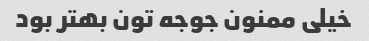
خیلی ممنون جوجه تون بهتر بود